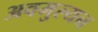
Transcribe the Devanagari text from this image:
अवमुल्यन